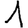
Digit: 1